Lunatic asylums Burma 1907-21 - 1907-1921
Year: 1907
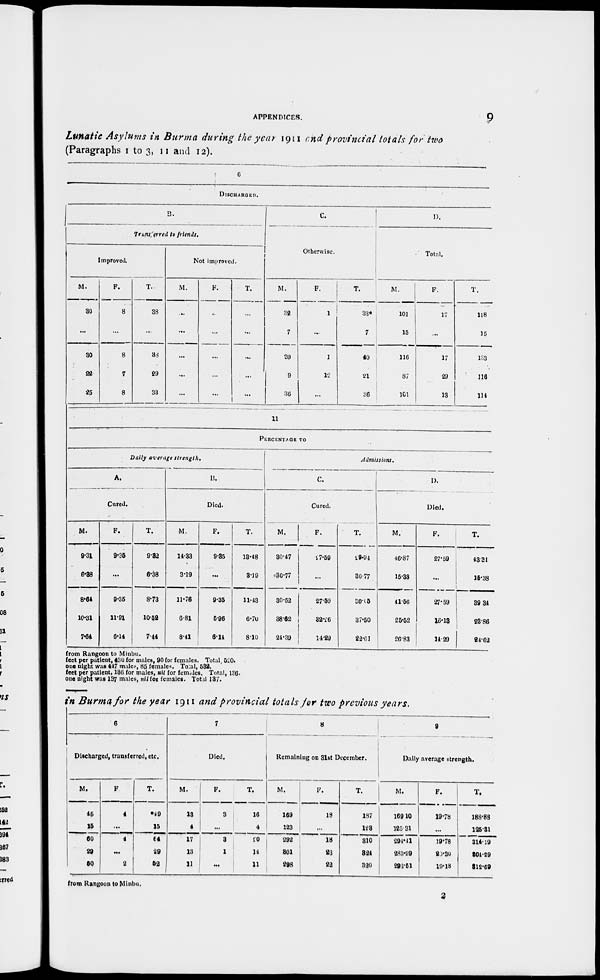
APPENDICES.
9
Lunatic Asylums in Burma during the year 1911 and provincial totals for two
(Paragraphs 1 to 3, 11 and 12).
6
DISCHARGED.
B.
Transferred to friends.
Improved.
M.
30
...
30
22
25
F.
8
...
8
7
8
T.
38
...
38
29
33
Not improved.
M.
...
...
...
...
...
F.
...
...
...
...
...
T.
...
...
...
...
...
C.
Otherwise.
M.
32
7
39
9
36
F.
1
...
1
12
...
T.
33*
7
40
21
36
D.
Total.
M.
101
15
116
87
101
F.
17
...
17
29
13
T.
118
15
133
116
114
11
PERCENTAGE TO
Daily average
strength.
A.
Cured.
M.
9.31
6.38
8.64
10.31
7.64
F.
9.35
...
9.35
11.91
6.14
T.
9.82
6.38
8.73
10.52
7.44
B.
Died.
M.
14.33
3.19
11.76
6.81
8.41
F.
9.35
...
9.35
5.96
6.14
T.
18.48
3.19
11.43
6.70
8.10
Admissions.
C.
Cured.
M.
30.47
30.77
30.52
38.62
24.39
F.
17.59
...
27.59
32.26
14.29
T.
19.94
30.77
30.05
37.50
22.61
D.
Died.
M.
46.87
15.38
41.56
25.52
20.83
F.
27.59
...
27.59
16.13
14.29
T.
43.31
15.38
39.34
23.86
24.62
from Rangoon to Minbu.
feet per patient, 430 for males, 90 for females. Total, 520.
one night was 447 males, 85 females. Total, 532.
feet per patient, 136 for males, nil for females. Total, 136.
one night was 137 males, nil for females. Total 137.
in Burma for the year 1911 and provincial totals for two previous years.
6
Discharged, transferred, etc.
M.
45
15
60
29
50
F.
4
...
4
...
2
T.
*49
15
64
29
52
7
Died.
M.
13
4
17
13
11
F.
3
...
3
1
...
T.
16
4
20
14
11
8
Remaining on 31st December.
M.
169
123
292
301
298
F.
18
...
18
23
22
T.
137
123
310
324
320
9
Daily average strength.
M.
169.10
125.31
294.41
283.99
293.51
F.
19.78
...
19.78
20.30
19.18
T.
188.88
125.31
314.19
304.29
312.69
from Rangoon to Minbu.
2